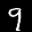
Label: 9